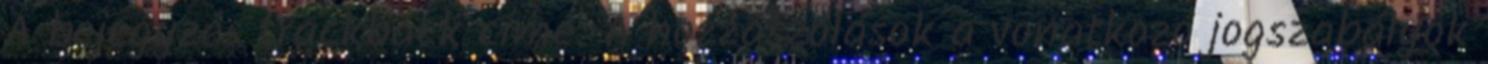
A bejegyzés trackback címe: A hozzászólások a vonatkozó jogszabályok